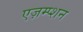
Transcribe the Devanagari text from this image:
एज़म्प्शन